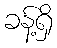
ခန့်ရှိ